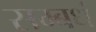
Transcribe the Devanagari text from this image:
सम्बधं